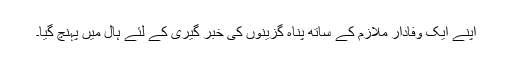
اپنے ایک وفادار ملازم کے ساتھ پناہ گزینوں کی خبر گیری کے لئے ہال میں پہنچ گیا۔